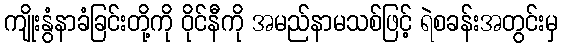
ကျိုးနွံနာခံခြင်းတို့ကို ဝိုင်နီကို အမည်နာမသစ်ဖြင့် ရဲစခန်းအတွင်းမှ